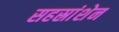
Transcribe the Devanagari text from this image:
सहस्रांशेन